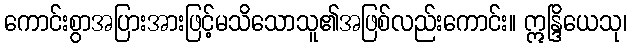
ကောင်းစွာအပြားအားဖြင့်မသိသောသူ၏အဖြစ်လည်းကောင်း။ ဣန္ဒြိယေသု၊